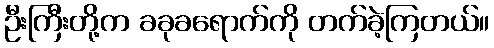
ဦးကြီးတို့က ခခုခရောက်ကို တက်ခဲ့ကြတယ်။